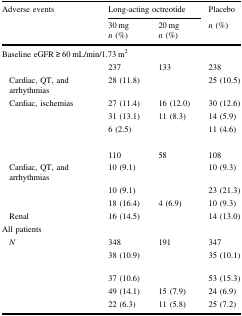
<table><thead><tr><td><b>Adverse events</b></td><td colspan="2"><b>Long-acting octreotide</b></td><td><b>Placebo</b></td></tr><tr><td>[EMPTY_CELL]</td><td><b>30 mg <i>n</i> (%)</b></td><td><b>20 mg <i>n</i> (%)</b></td><td><b><i>n</i> (%)</b></td></tr></thead><tbody><tr><td colspan="4">Baseline eGFR ≥ 60 mL/min/1.73 m<sup>2</sup></td></tr><tr><td>[EMPTY_CELL]</td><td>237</td><td>133</td><td>238</td></tr><tr><td>Cardiac, QT, andarrhythmias</td><td>28 (11.8)</td><td>[EMPTY_CELL]</td><td>25 (10.5)</td></tr><tr><td>Cardiac, ischemias</td><td>27 (11.4)</td><td>16 (12.0)</td><td>30 (12.6)</td></tr><tr><td>[EMPTY_CELL]</td><td>31 (13.1)</td><td>11 (8.3)</td><td>14 (5.9)</td></tr><tr><td>[EMPTY_CELL]</td><td>6 (2.5)</td><td>[EMPTY_CELL]</td><td>11 (4.6)</td></tr><tr><td colspan="4">[EMPTY_CELL]</td></tr><tr><td>[EMPTY_CELL]</td><td>110</td><td>58</td><td>108</td></tr><tr><td>Cardiac, QT, andarrhythmias</td><td>10 (9.1)</td><td>[EMPTY_CELL]</td><td>10 (9.3)</td></tr><tr><td>[EMPTY_CELL]</td><td>10 (9.1)</td><td>[EMPTY_CELL]</td><td>23 (21.3)</td></tr><tr><td>[EMPTY_CELL]</td><td>18 (16.4)</td><td>4 (6.9)</td><td>10 (9.3)</td></tr><tr><td>Renal</td><td>16 (14.5)</td><td>[EMPTY_CELL]</td><td>14 (13.0)</td></tr><tr><td colspan="4">All patients</td></tr><tr><td><i>N</i></td><td>348</td><td>191</td><td>347</td></tr><tr><td>[EMPTY_CELL]</td><td>38 (10.9)</td><td>[EMPTY_CELL]</td><td>35 (10.1)</td></tr><tr><td>[EMPTY_CELL]</td><td>37 (10.6)</td><td>[EMPTY_CELL]</td><td>53 (15.3)</td></tr><tr><td>[EMPTY_CELL]</td><td>49 (14.1)</td><td>15 (7.9)</td><td>24 (6.9)</td></tr><tr><td>[EMPTY_CELL]</td><td>22 (6.3)</td><td>11 (5.8)</td><td>25 (7.2)</td></tr></tbody></table>